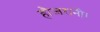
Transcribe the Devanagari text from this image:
हौजरानी।